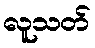
လူသတ်